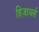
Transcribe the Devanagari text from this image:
ड़िज़ायर्स